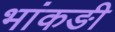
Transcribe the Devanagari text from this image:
भांकङी